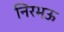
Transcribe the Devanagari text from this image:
निरभऊ